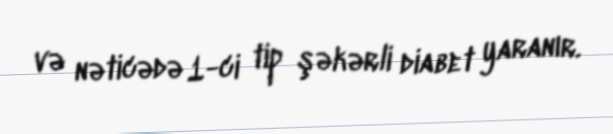
və nəticədə 1-ci tip şəkərli diabet yaranır.